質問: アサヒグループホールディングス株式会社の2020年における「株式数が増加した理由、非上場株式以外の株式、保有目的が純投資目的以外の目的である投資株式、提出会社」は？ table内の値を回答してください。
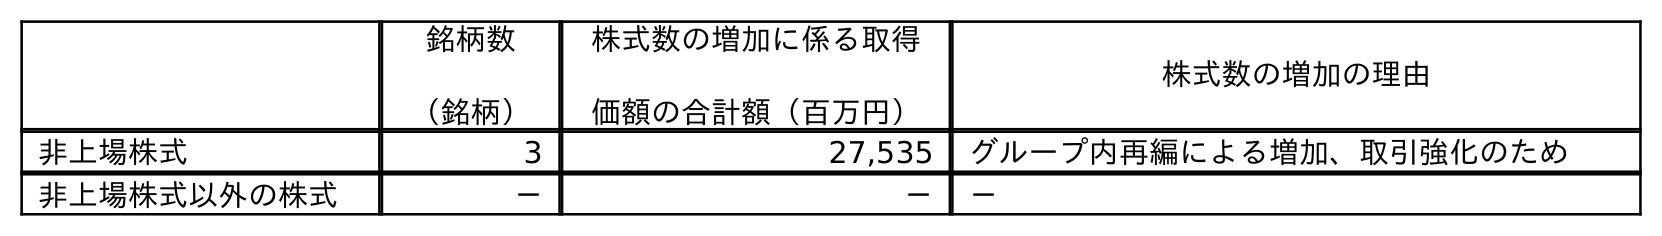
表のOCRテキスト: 銘柄数 （銘柄） 株式数の増加に係る取得 価額の合計額（百万円） 株式数の増加の理由 非上場株式 3 27,535 グループ内再編による増加、取引強化のため 非上場株式以外の株式 － － －
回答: －